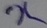
Text: X